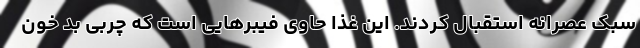
سبک عصرانه استقبال کردند. این غذا حاوی فیبرهایی است که چربی بد خون